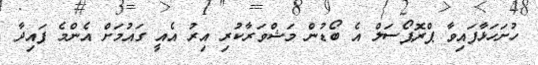
ހުށަހަޅާފައިވާ ޕްރޮޕޯސަލް އެ ބޯޑުން މަޝްވަރާކުރި އިރު އެއީ ގައުމަށް އެންމެ ފައިދާ